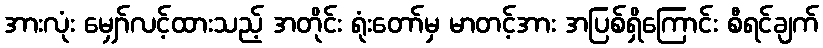
အားလုံး မျှော်လင့်ထားသည့် အတိုင်း ရုံးတော်မှ မာတင့်အား အပြစ်ရှိကြောင်း စီရင်ချက်